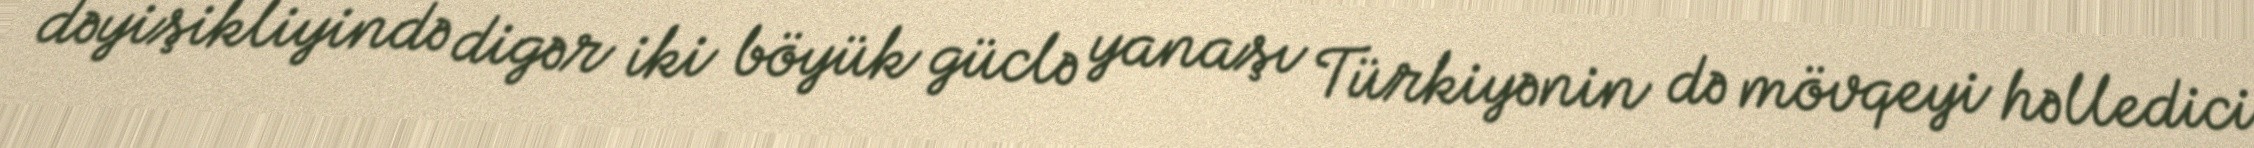
dəyişikliyində digər iki böyük güclə yanaşı Türkiyənin də mövqeyi həlledici